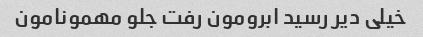
خیلی دیر رسید ابرومون رفت جلو مهمونامون